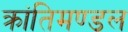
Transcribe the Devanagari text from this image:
क्रांतिमण्डल